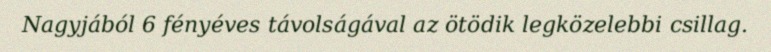
Nagyjából 6 fényéves távolságával az ötödik legközelebbi csillag.